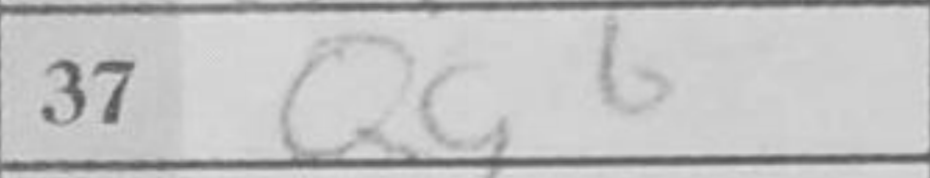
Transcription: Qg6